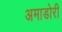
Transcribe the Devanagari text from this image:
अमाडोरी